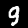
Digit: 9